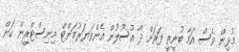
މުޅިން ވެސް އަމާ ބުނީތީ ފަރަށް ދާ އުސޫލުން އެންވަޔަރުމަންޓް މިނިސްޓްރީން ކަން